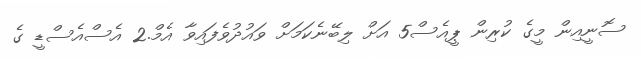
ސޮނީއިން މީގެ ކުރިން ޕީއެސް5 އަށް ލިބޭނެކަމަށް ވައުދުވެފައިވާ އެމް.2 އެސްއެސްޑީ ގެ